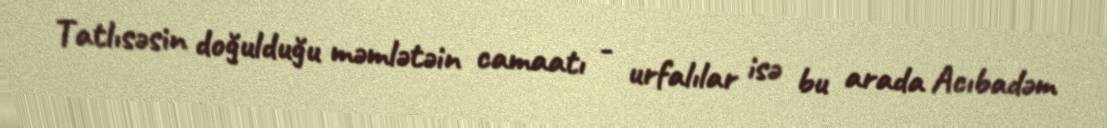
Tatlısəsin doğulduğu məmlətəin camaatı - urfalılar isə bu arada Acıbadəm